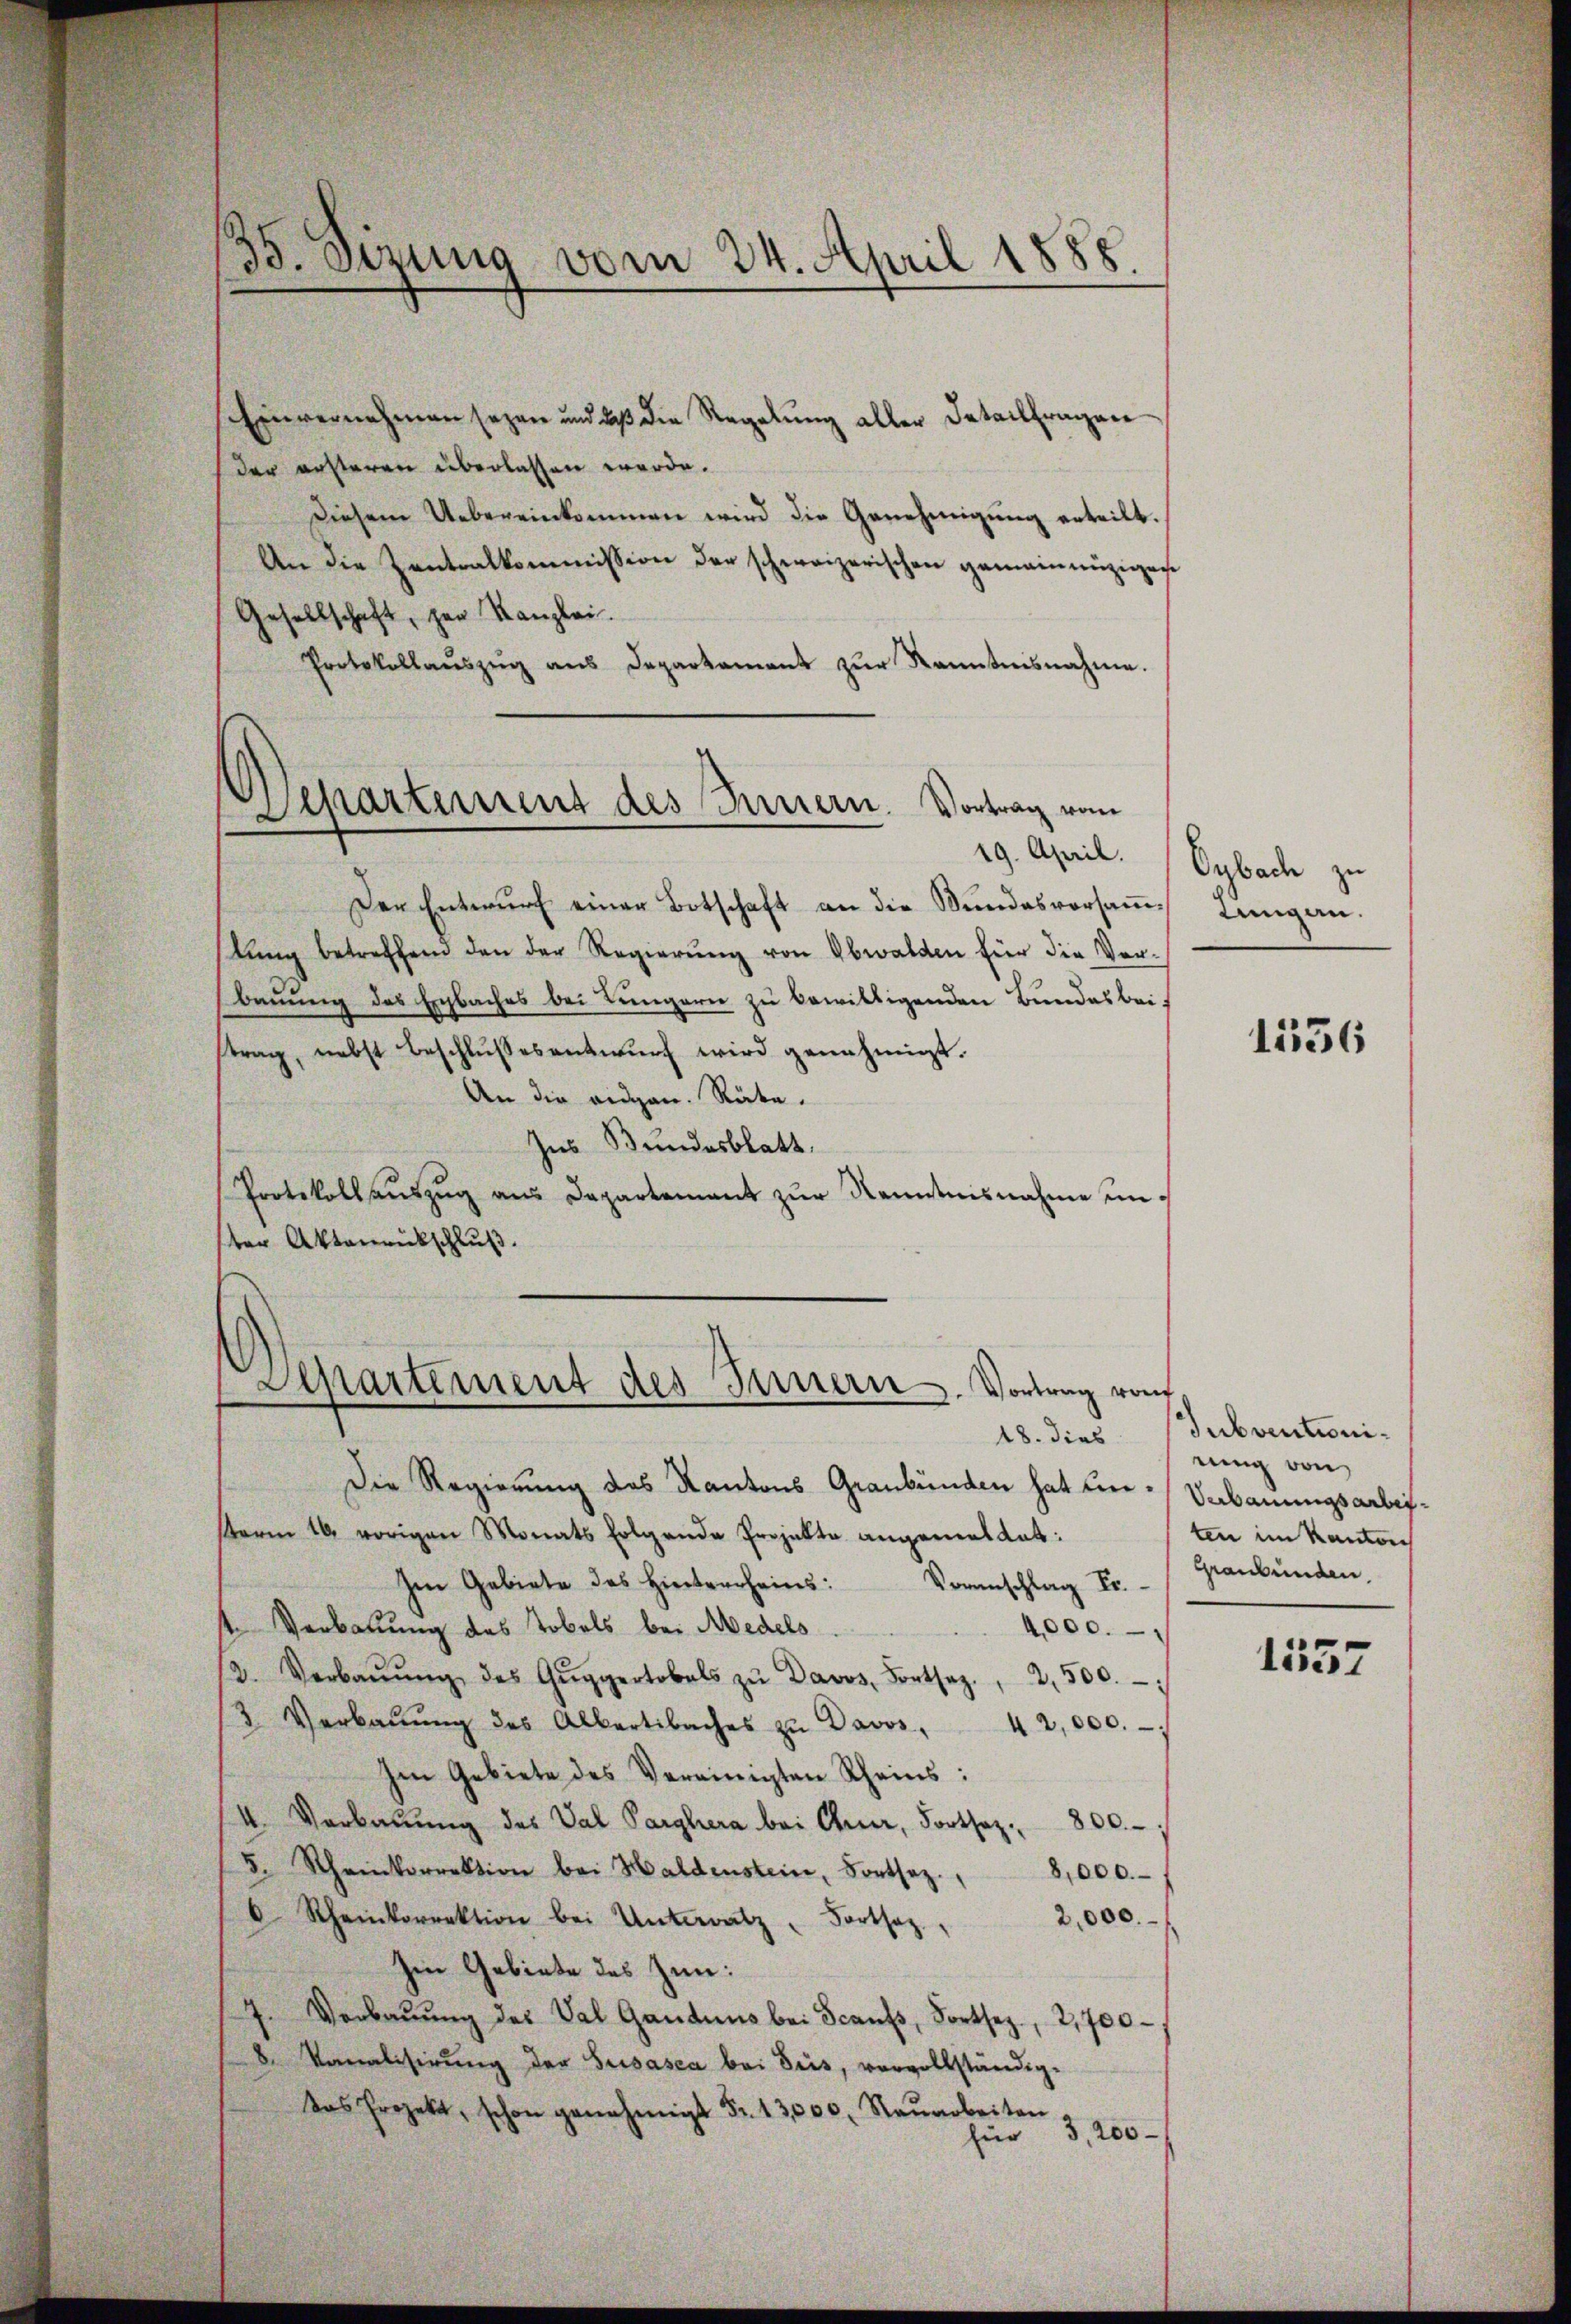
35. Szung vom 24. April 1888.

Einvernehmen seyen und daβ die Regelŭng aller Detailfragen
der ersteren überlassen werde.
Diesem Uebereinkommen wird die Genehmigung erteilt.
An die Zentralkommission der schweizerischen gemeinnüziger
Gesellschaft, zur Kanzlei.
Protokollaŭszŭg ans Departament zŭr Kenntnisnahme.
19. April.
Der Entwŭrf einer Botschaft an die Stŭndesversaṁ- Lungen.
lŭng betreffend den der Regierŭng von Obwalden für die Verbauung des Ergbaches bei Lungern zu bewilligenden Bundesbeistrag, nebst beschlußes antwurf wird genehmigt.
An die eidgen. Räte.
Ins Bundesblatt.
Protokollsauszug aus Departement zur Kenntnisnahme unter Aktenrückschluß.

Departement des Innern. Vortrag vom

Departement des Innern. Vortrag vom

Die Regierung des Kantons Graubünden hat un¬
Form 16 vorigen Monats folgende Projekte angemaltat:
Im Gebiete des Hinterrheins: Voranschlag Fr.
st. Verbauung des Tobels bei Medels
4,000.
12. Verbaŭŭng des Gŭggertobels zŭ Davos, Fortsez. 2500.
3. Verbaŭŭng des Albertibaches zu Davos,
42,000.
Im Gebiete des Vereinigten Rheins:
I. Verbaŭŭng des Val Parghera bei Chur, Fortsaz. 800.-
5. Rheinkorrektion bei Haldenstein, Fortsez. " 8,000.
 Rheinkorrektion bei Unterratz, Fortsez
2,000.
Im Gebiete des Zun:
7. Verbaŭŭng des Val Gandnus bei Scants, Fortsez, 2,700,
8. Vonalisirung der Susasca bei Sirs, vervollständig-
Dos Projekt, schon genehmigt Fr. 13,000. Raŭarbeiten
3,200
für

Oybach zu

1556

18. dies Subventioni-
nung von
Verbauungsarbeiten im Kanton
Graubünden.

1557